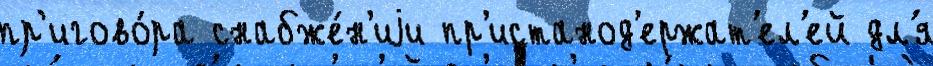
пр'игово́ра снабже́н'иjи пр'истанод'ержат'ел'ей дл'я